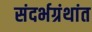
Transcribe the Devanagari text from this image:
संदर्भग्रंथांत